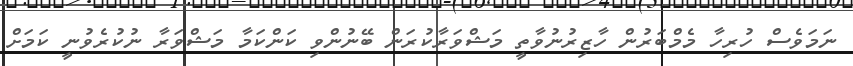
ނަމަވެސް ހުރިހާ މެމްބަރުން ހާޒިރުނުވާތީ މަޝްވަރާކުރަން ބޭނުންވި ކަންކަމާ މަޝްވަރާ ނުކުރެވުނީ ކަމަށް